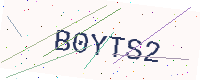
Text: B0YTS2